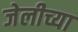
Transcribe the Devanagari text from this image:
जेलीच्या